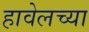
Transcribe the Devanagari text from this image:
हावेलच्या